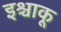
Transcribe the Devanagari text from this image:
इश्चाकू